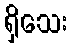
ရှိသေး